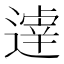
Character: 𲅮